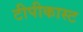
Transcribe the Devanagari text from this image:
टीपीकास्ट